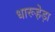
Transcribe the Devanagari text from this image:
धारूहेड़ा